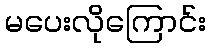
မပေးလိုကြောင်း